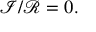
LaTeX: { \mathcal { I } } / { \mathcal { R } } = 0 .